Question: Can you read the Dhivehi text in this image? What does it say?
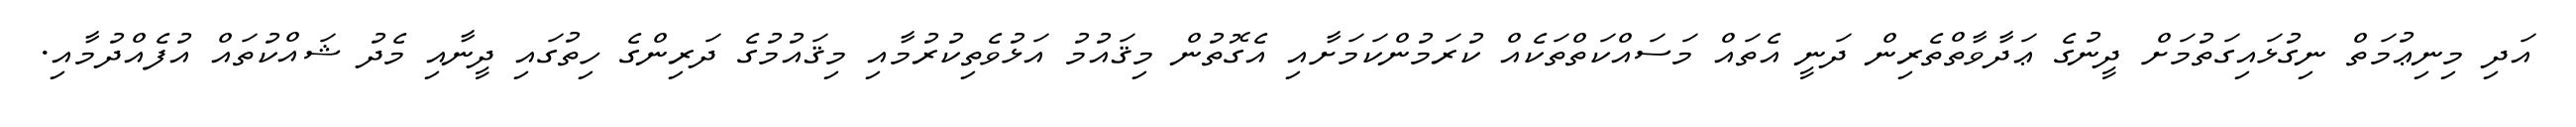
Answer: އަދި މިނިޢުމަތް ނިގުޅައިގަތުމަށް ދީނުގެ ޢަދާވާތްތެރިން ދަނީ އެތައް މަސައްކަތްތަކެއް ކުރަމުންކަމަށާއި އެގޮތުން މިޤައުމު އަޅުވެތިކުރުމާއި މިޤައުމުގެ ދަރިންގެ ހިތުގައި ދީނާއި މެދު ޝައްކުތައް އުފެއްދުމާއި.